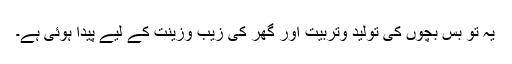
یہ تو بس بچوں کی تولید وتربیت اور گھر کی زیب وزینت کے لیے پیدا ہوئی ہے۔